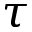
\tau